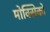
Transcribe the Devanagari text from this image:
मोक्सिको